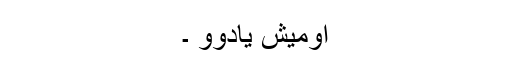
اومیش یادوو ۔